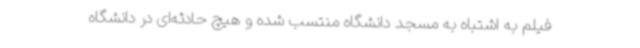
فیلم به اشتباه به مسجد دانشگاه منتسب شده و هیچ حادثه‌ای در دانشگاه